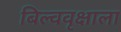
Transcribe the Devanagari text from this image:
बिल्ववृक्षाला